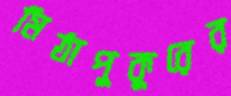
মিঠাপুকুরের